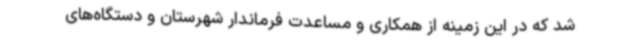
شد که در این زمینه از همکاری و مساعدت فرماندار شهرستان و دستگاه‌های